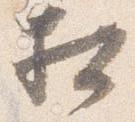
相